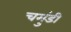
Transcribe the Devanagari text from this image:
चमुंडी